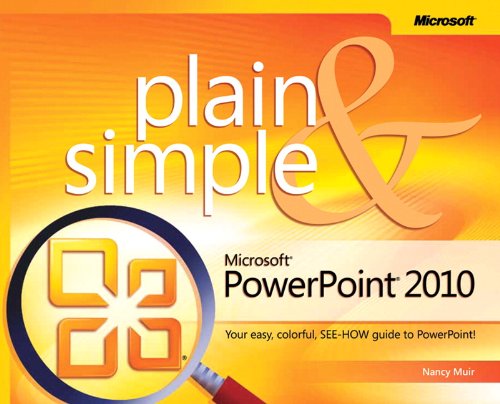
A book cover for Microsoft PowerPoint 2010 Plain & Simple; Nancy Muir; Computers & Technology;